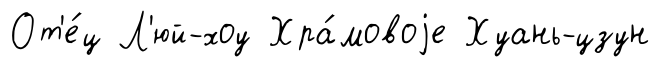
От'е́ц Л'юй-хоу Хра́мовоjе Хуань-цзун